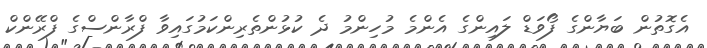
އެގޮތުން ބަޔާންގެ ފޯވަޑް ލައިންގެ އެންމެ މުހިންމު ދެ ކުޅުންތެރިންކަމުގައިވާ ފްރާންސްގެ ފްރޭންކް